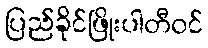
ပြည်ခိုင်ဖြိုးပါတီဝင်